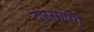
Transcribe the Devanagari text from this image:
दरसाएंगे